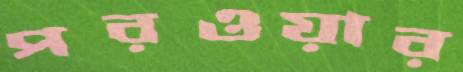
পরওয়ার